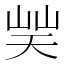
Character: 𡷪